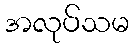
အလုပ်သမ